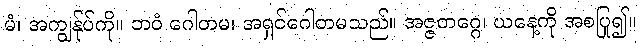
မံ၊ အကျွန်ုပ်ကို။ ဘဝံ ဂေါတမ၊ အရှင်ဂေါတမသည်။ အဇ္ဇတဂ္ဂေ၊ ယနေ့ကို အစပြု၍။